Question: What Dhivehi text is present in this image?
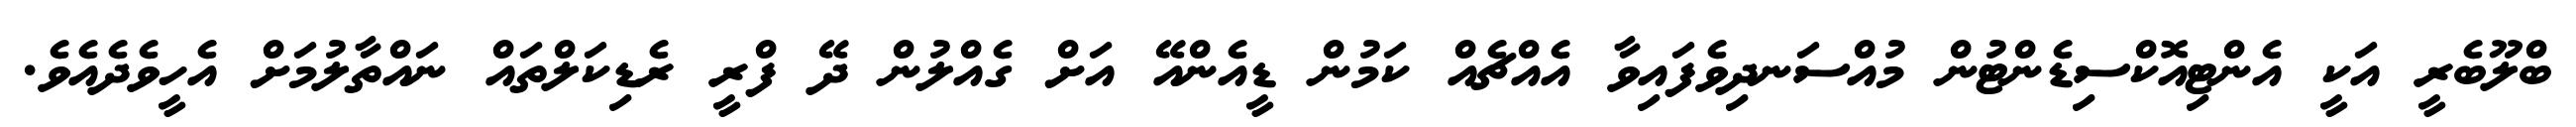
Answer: ބްލޫބެރީ އަކީ އެންޓިއޮކްސިޑެންޓުން މުއްސަނދިވެފައިވާ އެއްޗެއް ކަމުން ޑީއެންއޭ އަށް ގެއްލުން ދޭ ފްރީ ރެޑިކަލްތައް ނައްތާލުމަށް އެހީވެދެއެވެ.